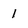
Character: i